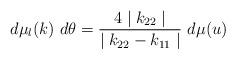
LaTeX: \begin{align*}d \mu _l (k) ~d \theta = \frac{4 \mid k_{22} \mid } {\mid k_{22} - k_{11} \mid} ~d \mu (u)\end{align*}